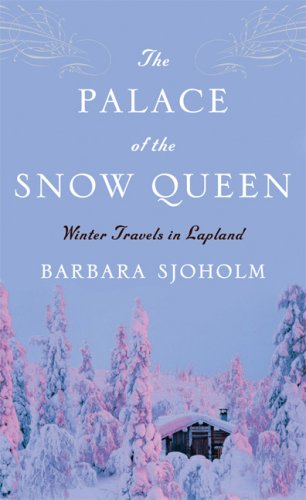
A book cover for The Palace of the Snow Queen: Winter Travels in Lapland; Barbara Sjoholm; Biographies & Memoirs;